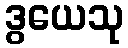
ဒွယေသု